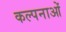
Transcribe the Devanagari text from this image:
कल्‍पनाओं